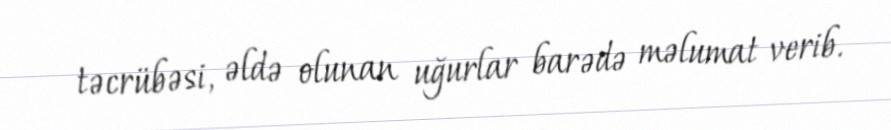
təcrübəsi, əldə olunan uğurlar barədə məlumat verib.